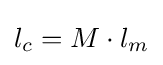
l_{c}=M\cdot l_{m}